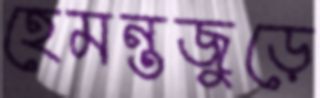
হেমন্তজুড়ে